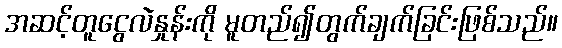
အဆင့်တူငွေလဲနှုန်းကို မူတည်၍တွက်ချက်ခြင်းဖြစ်သည်။